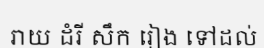
រាយ ដំរី សឹក រៀង ទៅដល់